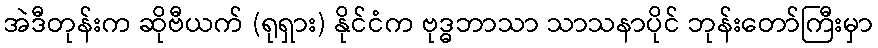
အဲဒီတုန်းက ဆိုဗီယက် (ရုရှား) နိုင်ငံက ဗုဒ္ဓဘာသာ သာသနာပိုင် ဘုန်းတော်ကြီးမှာ